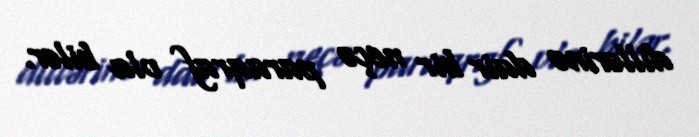
dillərinə dair bir neçə paraqraf ola bilər.